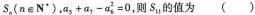
s_{n}($$n\in N ^ { * }$$)， $$a _ { 5 } + a _ { 3 } - a _ { 6 } ^ { 2 } = 0$$则S_{11}的值为 ()